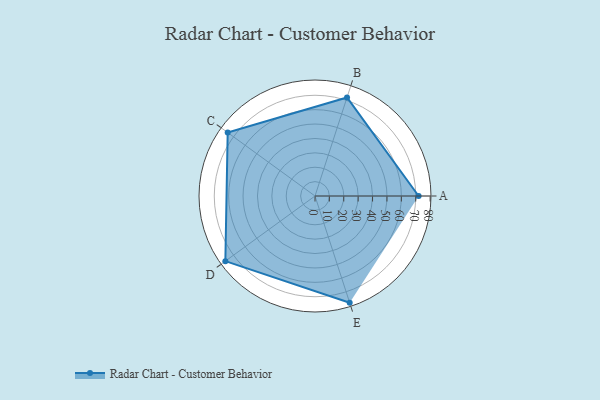
{"axis": {"x": "Skill", "y": "Score"}, "legend": ["Profile"], "data": [{"x": "A", "y": 72.0, "type": "Profile"}, {"x": "B", "y": 72.0, "type": "Profile"}, {"x": "C", "y": 75.0, "type": "Profile"}, {"x": "D", "y": 77.0, "type": "Profile"}, {"x": "E", "y": 78.0, "type": "Profile"}]}